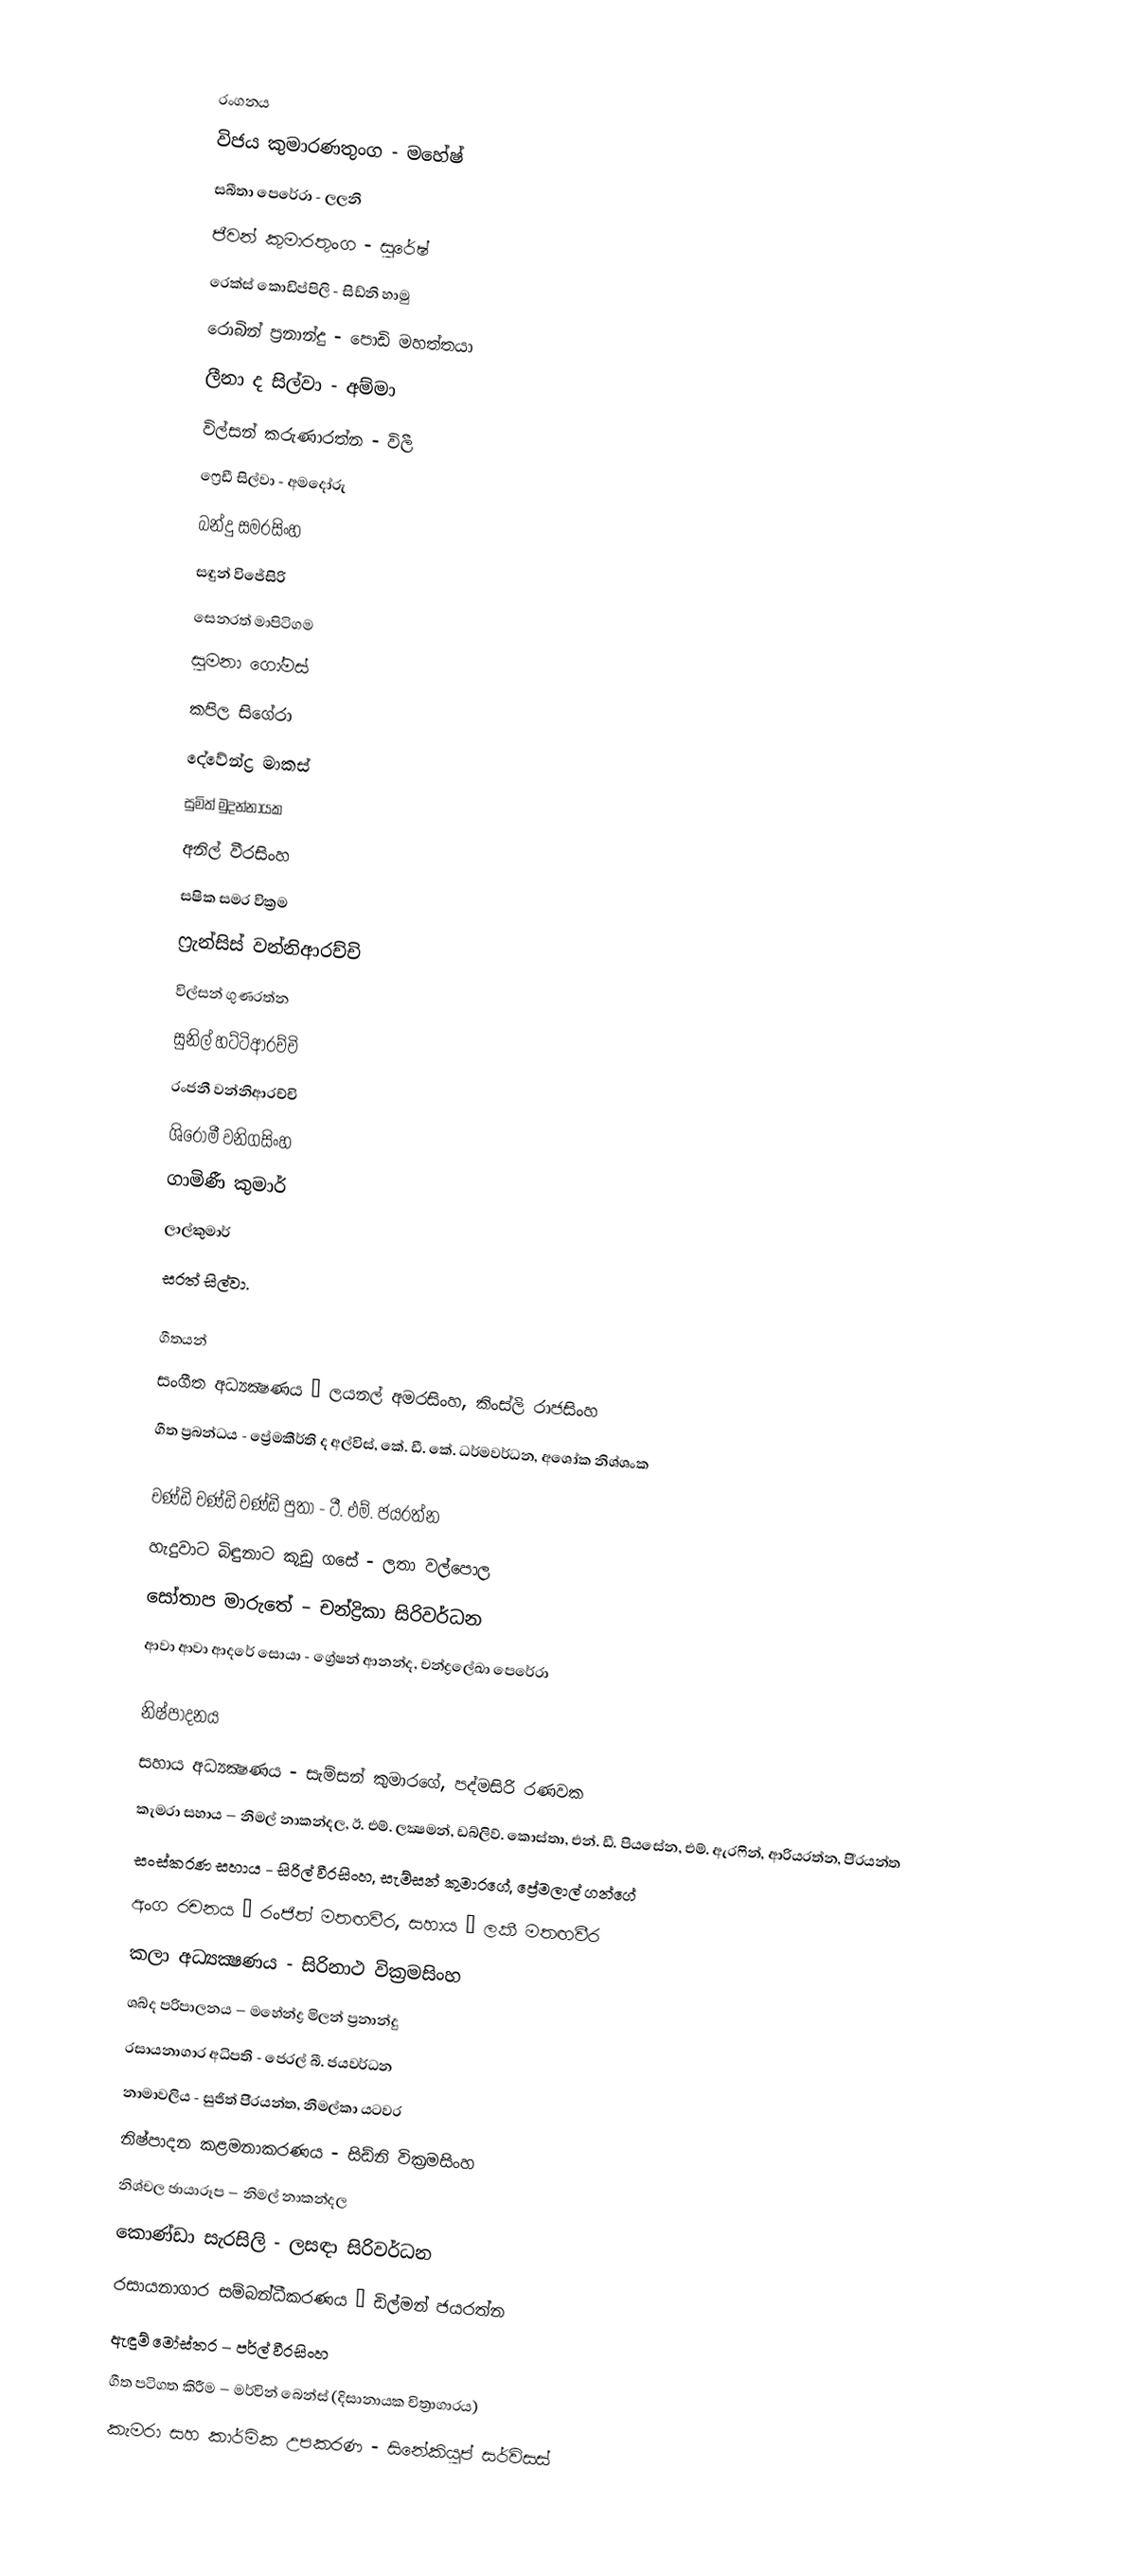

රංගනය
විජය කුමාරණතුංග - මහේෂ්
සබීතා පෙරේරා - ලලනි
ජීවන් කුමාරතුංග - සුරේෂ්
රෙක්ස් කොඩිප්පිලි - සිඩ්නි හාමු
රොබින් ප්‍රනාන්දු - පොඩි මහත්තයා
ලීනා ද සිල්වා - අම්මා
විල්සන් කරුණාරත්න - විලී
ෆ්‍රෙඩී සිල්වා - අමදෝරු
බන්දු සමරසිංහ
සඳුන් විජේසිරි
සෙනරත් මාපිටිගම
සුමනා ගෝමස්
කපිල සිගේරා
දේවේන්ද්‍ර මාකස්
සුමිත් මුදන්නායක
අනිල් වීරසිංහ
සෂික සමර වික්‍රම
ෆ්‍රැන්සිස් වන්නිආරච්චි
විල්සන් ගුණරත්න
සුනිල් හට්ටිආරච්චි
රංජනී වන්නිආරච්චි
ශිරෝමී වනිගසිංහ
ගාමිණී කුමාර්
ලාල්කුමාර්
සරත් සිල්වා.

ගීතයන්
සංගීත අධ්‍යක්‍ෂණය – ලයනල් අමරසිංහ, කිංස්ලි රාජසිංහ
ගීත ප්‍රබන්ධය - ප්‍රේමකීර්ති ද අල්විස්, කේ. ඩී. කේ. ධර්මවර්ධන, අශෝක නිශ්ශංක

චණ්ඩි චණ්ඩි චණ්ඩි පුතා - ටී. එම්. ජයරත්න
හැදුවාට බිඳුනාට කූඩු ගසේ - ලතා වල්පොල
සෝතාප මාරුතේ – චන්ද්‍රිකා සිරිවර්ධන
ආවා ආවා ආදරේ සොයා - ග්‍රේෂන් ආනන්ද, චන්ද්‍රලේඛා පෙරේරා

නිෂ්පාදනය
සහාය අධ්‍යක්‍ෂණය - සැම්සන් කුමාරගේ, පද්මසිරි රණවක
කැමරා සහාය – නිමල් නාකන්දල, ඊ. එම්. ලක්‍ෂමන්, ඩබ්ලිව්. කොස්තා, එන්. ඩී. පියසේන, එම්. ඇරෆින්, ආරියරත්න, පි‍්‍රයන්ත
සංස්කරණ සහාය - සිරිල් වීරසිංහ, සැම්සන් කුමාරගේ, ප්‍රේමලාල් ගන්ගේ
අංග රචනය – රංජිත් මතඟවීර, සහාය – ලකී මතඟවීර
කලා අධ්‍යක්‍ෂණය - සිරිනාථ වික්‍රමසිංහ
ශබ්ද පරිපාලනය – මහේන්ද්‍ර මිලන් ප්‍රනාන්දු
රසායනාගාර අධිපති - ජෙරල් බී. ජයවර්ධන
නාමාවලිය - සුජිත් පි‍්‍රයන්ත, නිමල්කා යටවර
නිෂ්පාදන කළමනාකරණය - සිඩ්නි වික්‍රමසිංහ
නිශ්චල ඡායාරූප – නිමල් නාකන්දල
කොණ්ඩා සැරසිලි - ලසඳා සිරිවර්ධන
රසායනාගාර සම්බන්ධීකරණය – ඩිල්මන් ජයරත්න
ඇඳුම් මෝස්තර – පර්ල් වීරසිංහ
ගීත පටිගත කිරීම – මර්වින් බෙන්ස් (දිසානායක චිත්‍රාගාරය)
කැමරා සහ කාර්මික උපකරණ - සිනේකියුප් සර්විසස්